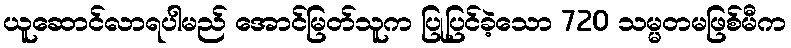
ယူဆောင်လာရပါမည် အောင်မြတ်သူက ပြုပြင်ခဲ့သော 720 သမ္မတမဖြစ်မီက